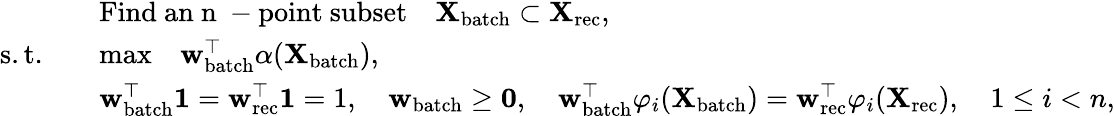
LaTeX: \begin{array}{rl}&{\mathrm{Find~an~n~-point~subset}\quad\textbf{X}_{\mathrm{batch}}\subset\textbf{X}_{\mathrm{rec}},}\\ {\mathrm{s.t.}\quad}&{\mathrm{max}\quad\textbf{w}_{\mathrm{batch}}^{\top}\alpha(\textbf{X}_{\mathrm{batch}}),}\\ &{\textbf{w}_{\mathrm{batch}}^{\top}\textbf{1}=\textbf{w}_{\mathrm{rec}}^{\top}\textbf{1}=1,\quad\textbf{w}_{\mathrm{batch}}\ge\textbf{0},\quad\textbf{w}_{\mathrm{batch}}^{\top}\varphi_{i}(\textbf{X}_{\mathrm{batch}})=\textbf{w}_{\mathrm{rec}}^{\top}\varphi_{i}(\textbf{X}_{\mathrm{rec}}),\quad 1\le i<n,}\end{array}